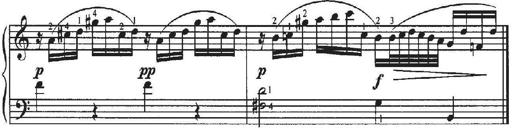
Title: Sonatina No.4 in C major
Composer: Georg Benda
Key: C major